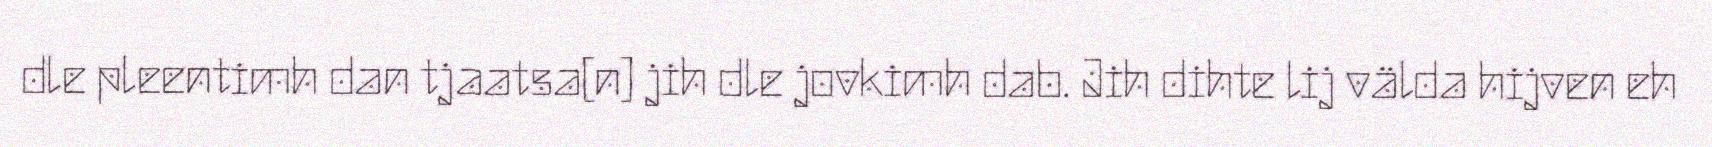
dle pleentimh dan tjaatsa[n] jih dle jovkimh dab. Jih dihte lij välda hijven eh